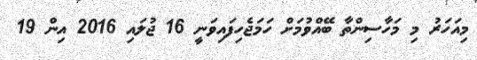
މިއަހަރު މި މަހާސިންތާ ބޭއްވުމަށް ހަމަޖެހިފައިވަނީ 16 ޖުލައި 2016 އިން 19